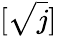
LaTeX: [\sqrt{j}]